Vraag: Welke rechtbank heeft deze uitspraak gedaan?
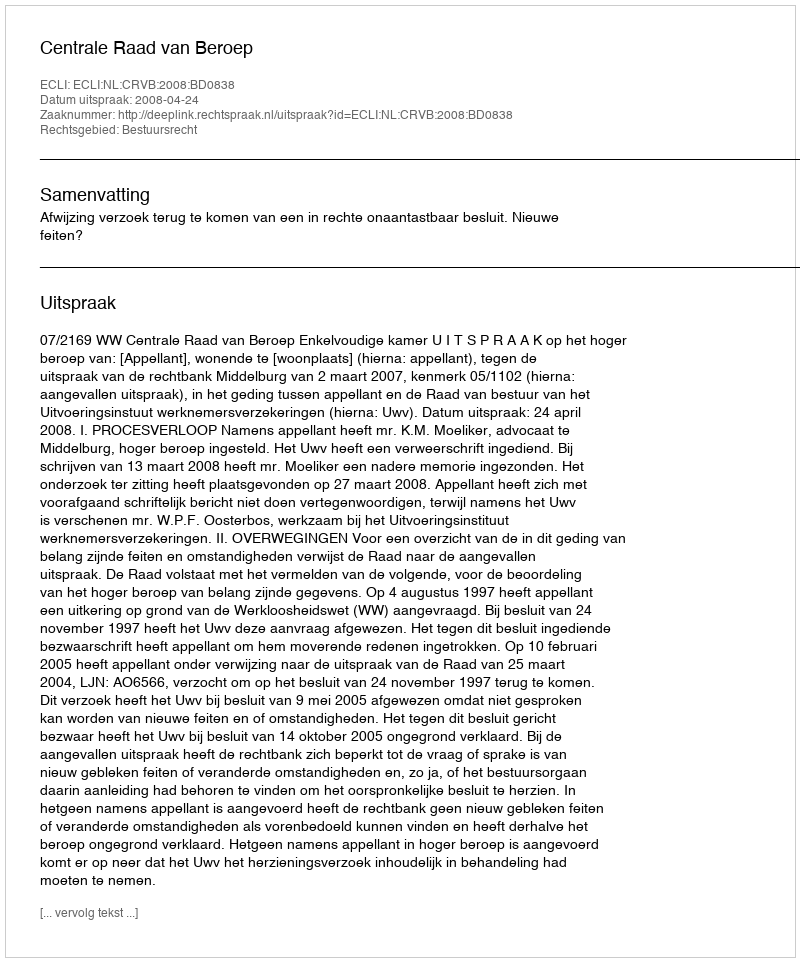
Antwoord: Centrale Raad van Beroep